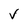
Character: v